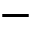
-